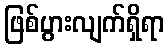
ဖြစ်ပွားလျက်ရှိရာ